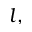
l ,